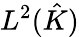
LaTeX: L^{2}({\hat{K}})